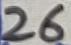
Text: 26